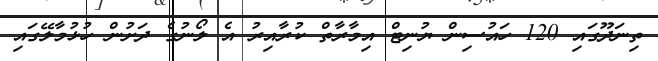
ތިނަދޫގައި 120 ހައުސިން ޔުނިޓް އިމާރާތް ކުރާއިރު އެ ލޯނުގެ ދަށުން ހުޅުމާލޭގައި